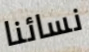
نسائنا